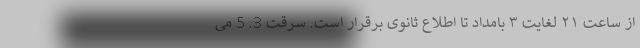
از ساعت ۲۱ لغایت ۳ بامداد تا اطلاع ثانوی برقرار است. سرقت 3. 5 می